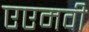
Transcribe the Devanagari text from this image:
एएमवी